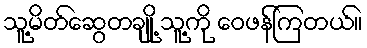
သူ့မိတ်ဆွေတချို့ သူ့ကို ဝေဖန်ကြတယ်။